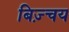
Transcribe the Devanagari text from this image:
बिज़्चय